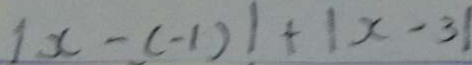
\vert x - ( - 1 ) \vert + \vert x - 3 \vert